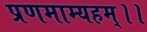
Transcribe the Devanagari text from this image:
प्रणमाम्यहम्।।